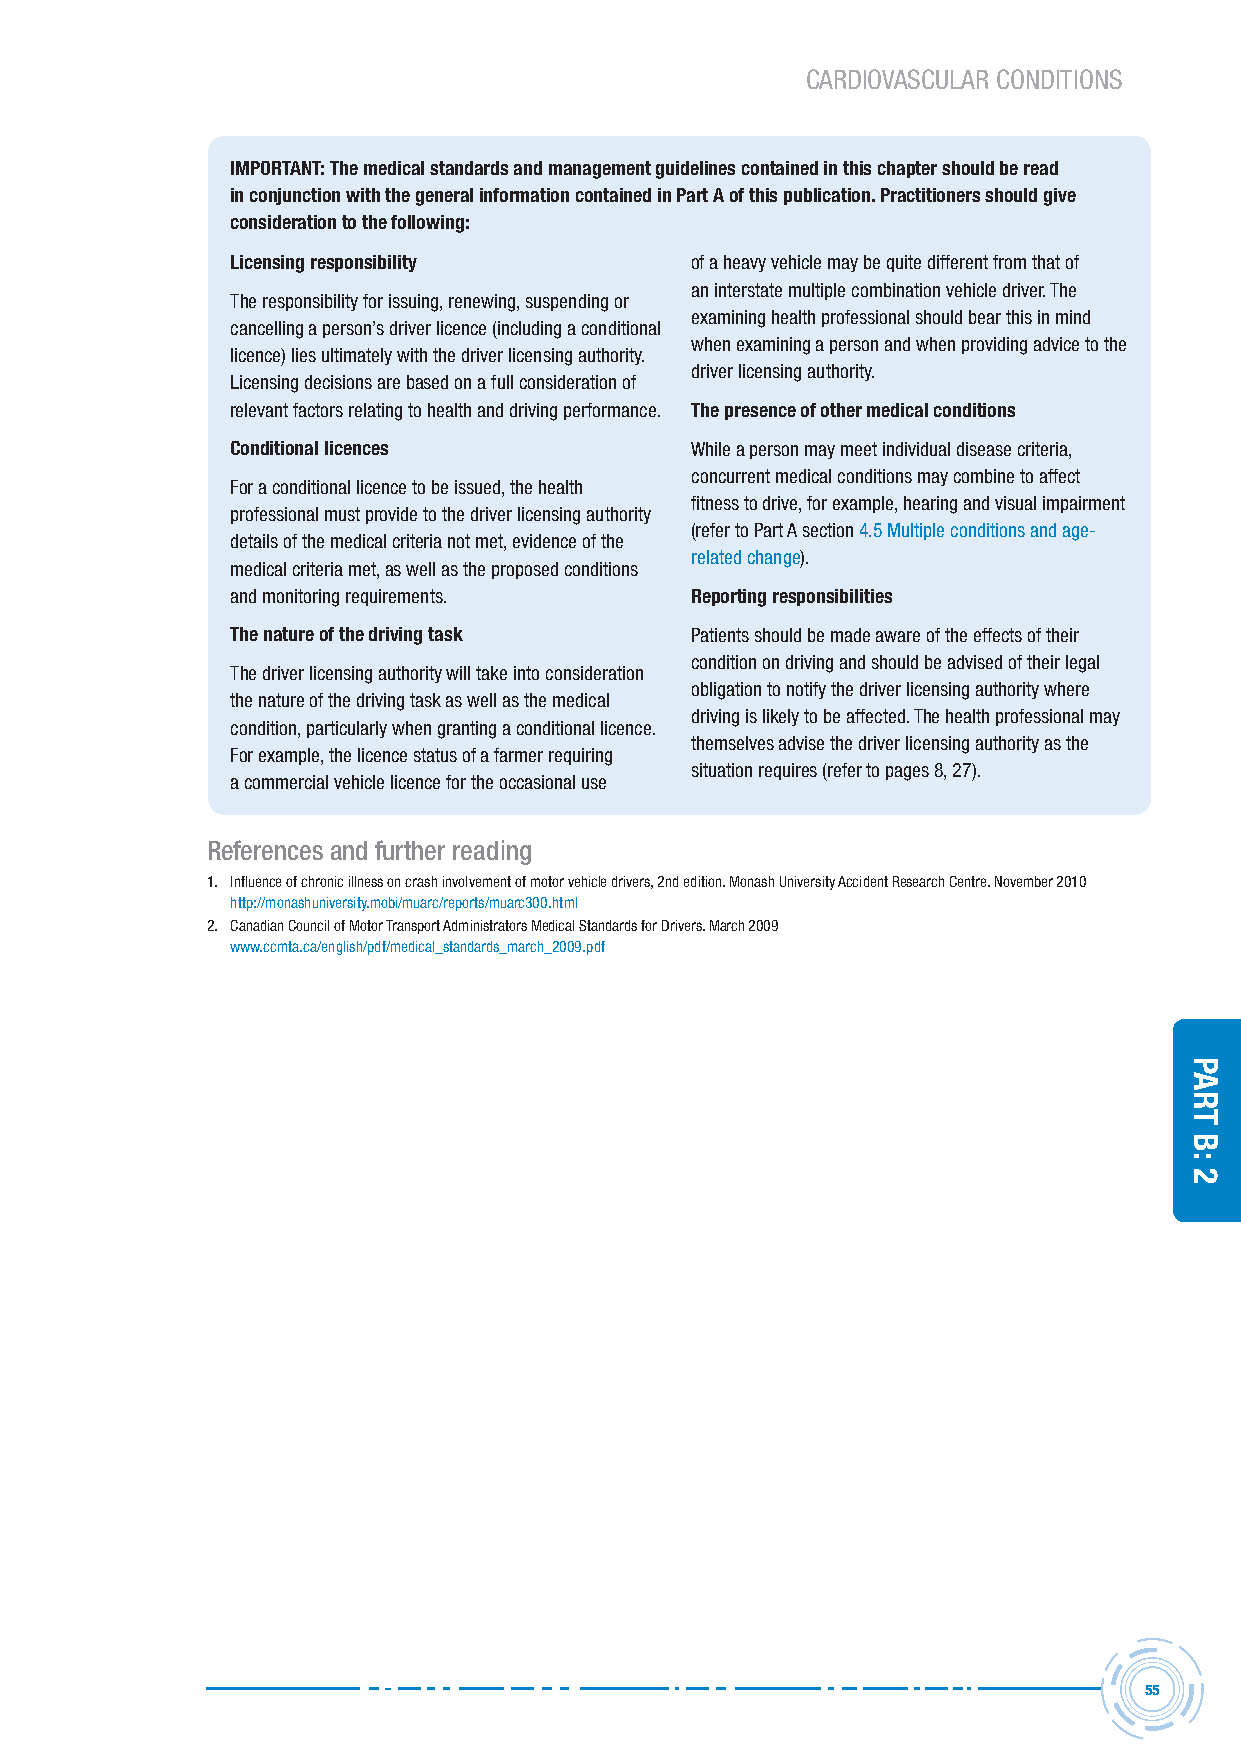
CARDIOVASCULAR CONDITIONS
 IMPORTANT: The medical standards and management guidelines contained in this chapter should be read
 in conjunction with the general information contained in Part A of this publication. Practitioners should give
 consideration to the following:
 Licensing responsibility       of a heavy vehicle may be quite different from that of
 an interstate multiple combination vehicle driver. the
 the responsibility for issuing, renewing, suspending or
 examining health professional should bear this in mind
 cancelling a person’s driver licence (including a conditional
 when examining a person and when providing advice to the
 licence) lies ultimately with the driver licensing authority.
 driver licensing authority.
 licensing decisions are based on a full consideration of
 relevant factors relating to health and driving performance. The presence of other medical conditions
 Conditional licences           While a person may meet individual disease criteria,
 concurrent medical conditions may combine to affect
 for a conditional licence to be issued, the health
 fitness to drive, for example, hearing and visual impairment
 professional must provide to the driver licensing authority
 (refer to Part a section 4.5 multiple conditions and age-
 details of the medical criteria not met, evidence of the
 related change).
 medical criteria met, as well as the proposed conditions
 and monitoring requirements.   Reporting responsibilities
 The nature of the driving task Patients should be made aware of the effects of their
 condition on driving and should be advised of their legal
 the driver licensing authority will take into consideration
 obligation to notify the driver licensing authority where
 the nature of the driving task as well as the medical
 driving is likely to be affected. the health professional may
 condition, particularly when granting a conditional licence.
 themselves advise the driver licensing authority as the
 for example, the licence status of a farmer requiring
 situation requires (refer to pages 8, 27).
 a commercial vehicle licence for the occasional use
 references and further reading
 1. Influence of chronic illness on crash involvement of motor vehicle drivers, 2nd edition. monash University accident research Centre. november 2010
 http://monashuniversity.mobi/muarc/reports/muarc300.html
 2. Canadian Council of motor transport administrators medical Standards for Drivers. march 2009
 www.ccmta.ca/english/pdf/medical_standards_march_2009.pdf
 55
 Part
 B:
 2